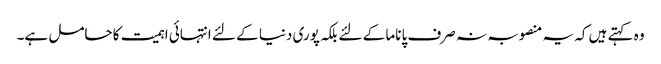
وہ کہتے ہیں کہ یہ منصوبہ نہ صرف پاناما کے لئے بلکہ پوری دنیا کے لئے انتہائی اہمیت کا حامل ہے۔